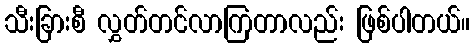
သီးခြားစီ လွှတ်တင်လာကြတာလည်း ဖြစ်ပါတယ်။